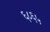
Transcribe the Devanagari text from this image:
६८६५